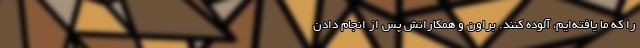
را که ما یافته‌ایم، آلوده کنند. براون و همکارانش پس از انجام دادن